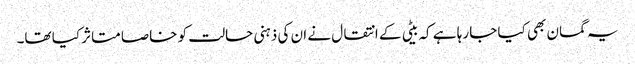
یہ گمان بھی کیا جا رہا ہے کہ بیٹی کے انتقال نے ان کی ذہنی حالت کو خاصا متاثر کیا تھا۔